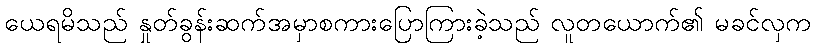
ယေရမိသည် နှုတ်ခွန်းဆက်အမှာစကားပြောကြားခဲ့သည် လူတယောက်၏ မခင်လှက